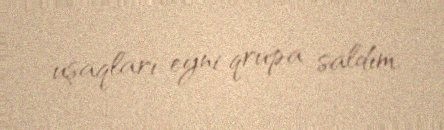
uşaqları eyni qrupa saldım.